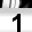
Digit: 1